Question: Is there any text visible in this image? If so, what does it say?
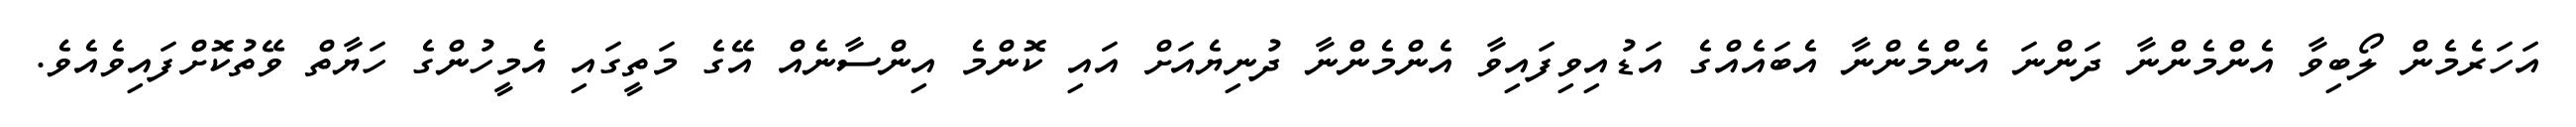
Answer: އަހަރެމެން ލޯބިވާ އެންމެންނާ ދަންނަ އެންމެންނާ އެބައެއްގެ އަޑުއިވިފައިވާ އެންމެންނާ ދުނިޔެއަށް އައި ކޮންމެ އިންސާނެއް އޭގެ މަތީގައި އެމީހުންގެ ހަޔާތް ވޭތުކޮށްފައިވެއެވެ.